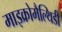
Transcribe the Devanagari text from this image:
माइक्रोमैल्थिडी